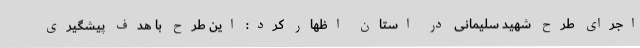
اجرای طرح شهید سلیمانی در استان اظهار کرد: این طرح با هدف پیشگیری